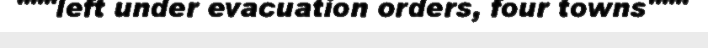
"""left under evacuation orders, four towns"""